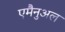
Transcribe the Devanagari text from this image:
एमैनुअल